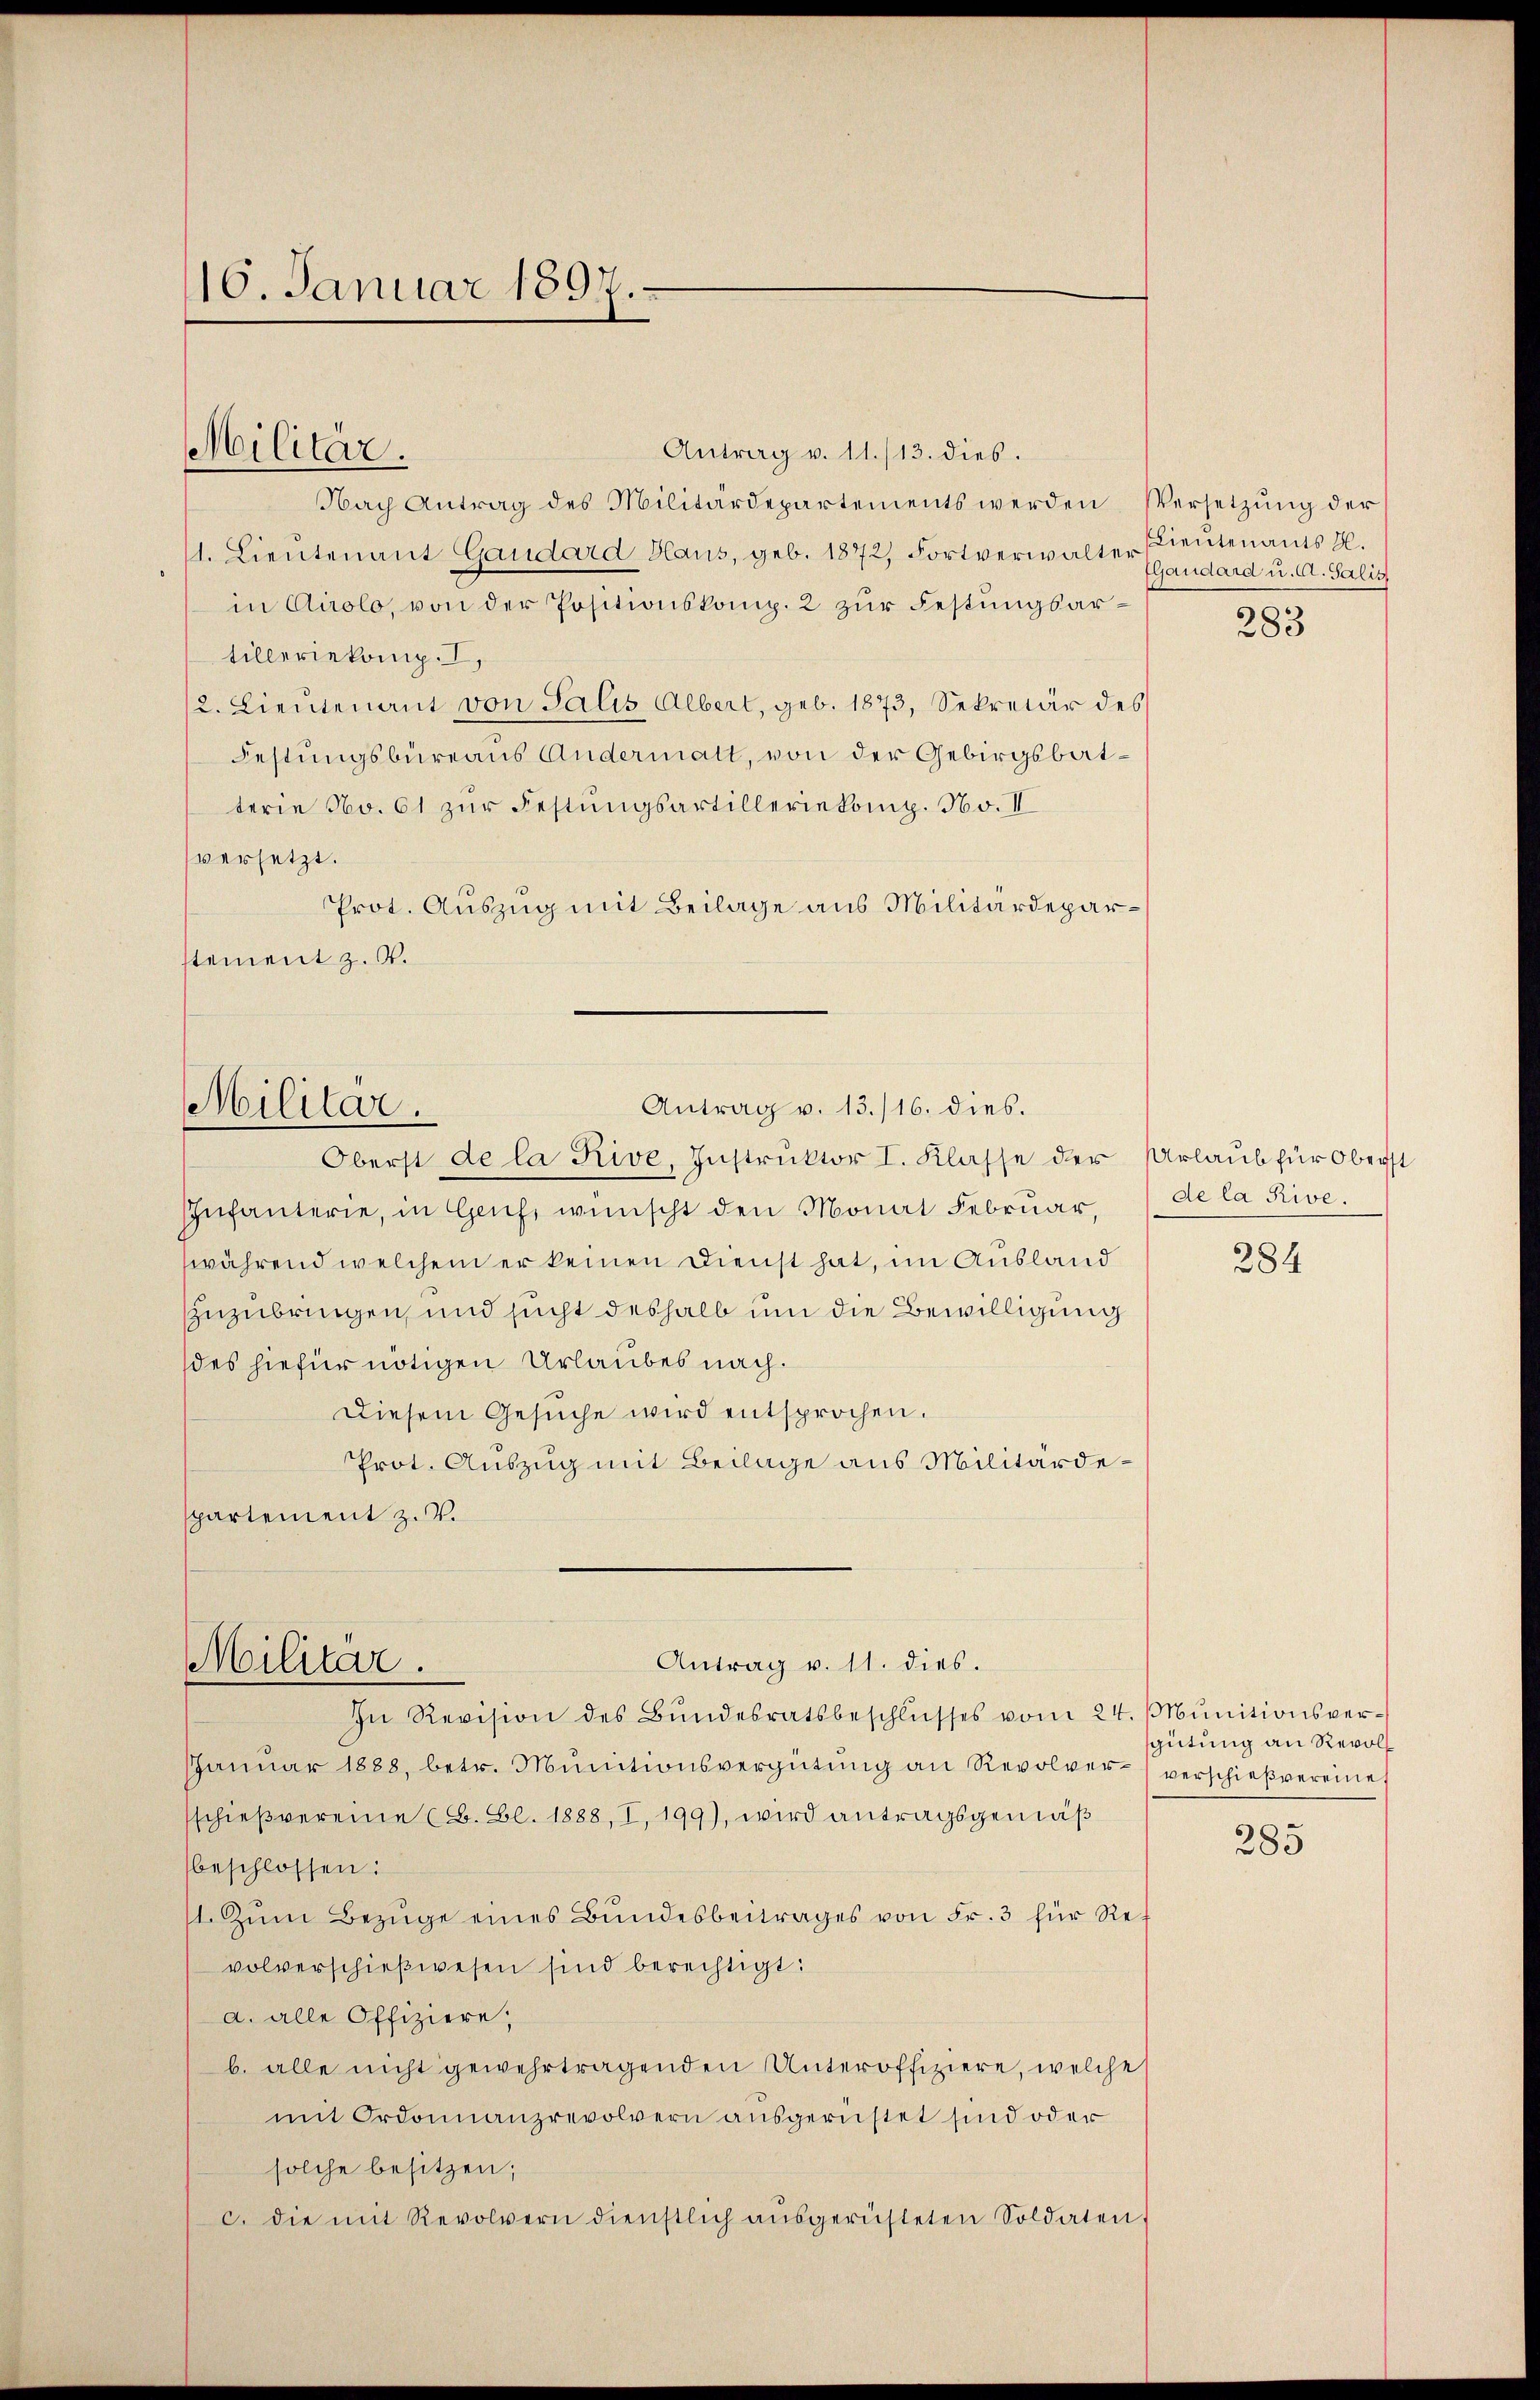
10. Januar 1897.

Antrag v. 11./13. dies.
Nach Antrag des Militärdepartements werden Versetzŭng der
11. Lieutenant Gaudard Haus, geb. 1872, Fortverwalter Lieutenants H.
in Airolo, von der Positionskomp. 2 zur Festungsartilleriekomp.,
/2. Lieutenant von Salis Albert, geb. 1873, Sekretär des
Festungsbüreaus Andermatt, von der Gebirgsbatterie No. 61 zur Festungsartilleriekomp. No. II
versetzt.
Prot. Auszug mit Beilage aus Militärdeparstement z. B.

Militär.

Antrag v. 13./16. dies.
Militär.

Oberst de la Rive, Instruktor I. Klasse der Urlaub für Oberst
Infanterie, in Genf, wünscht den Monat Februar,
während welchem er keinen Dienst hat, im Ausland
zuzubringen, und sucht deshalb um die Bewilligung
des hiefür nötigen Urlaubes nach.
Diesem Gesŭche wird entsprochen.
Prot. Auszug mit Beilage aus Militärdespartement z. V.
In Revision des Bŭndesratsbeschlŭsses vom 24. Mŭnitionsver¬
Janŭar 1888, betr. Munitionsvergütŭng an Revolver verschießvereine
sschießvereine (B. Bl. 1888, I, 199), wird antragsgemäß
beschlossen:
1. Zŭm Bezüge eines Bŭndesbeitrages von Fr. 3 für Revolverschieβwesen sind berechtigt:
a. alle Offiziere;
b. alle nicht gewehrtragenden Unteroffiziere, welche
mit Ordonnanzrevolvern ausgerüstet sind oder
solche besitzen;
c. die mit Revolvern dienstlich aŭsgerüsteten Soldaten,

Militär.

Antrag v. 11. dies.

Gaudard u. d. Salis
283

de la Rive.

284

gütung an Revol

285